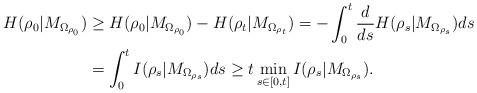
LaTeX: \begin{align*}\begin{aligned}H(\rho_0 | M_{\Omega_{\rho_0}})&\ge H(\rho_0 | M_{\Omega_{\rho_0}})-H(\rho_t | M_{\Omega_{\rho_t}})=-\int_{0}^{t}\frac{d}{ds}H(\rho_s | M_{\Omega_{\rho_s}})ds\\&=\int_{0}^{t} I(\rho_s | M_{\Omega_{\rho_s}})ds \ge t\min_{s\in[0,t]} I(\rho_s | M_{\Omega_{\rho_s}}).\end{aligned}\end{align*}